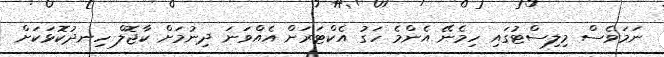
ނަމަވެސް މިލިސްޓުގައި ހިމެނޭ އެންމެ ހަގު އެކްޓަރަށް އެއްވަނަ ދިނުމަށް ކާޖޮލް ހިނދުކޮޅަކަށް